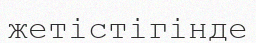
жетістігінде